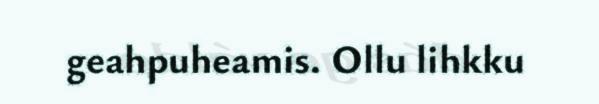
geahpuheamis. Ollu lihkku